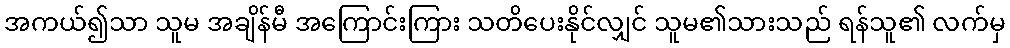
အကယ်၍သာ သူမ အချိန်မီ အကြောင်းကြား သတိပေးနိုင်လျှင် သူမ၏သားသည် ရန်သူ၏ လက်မှ